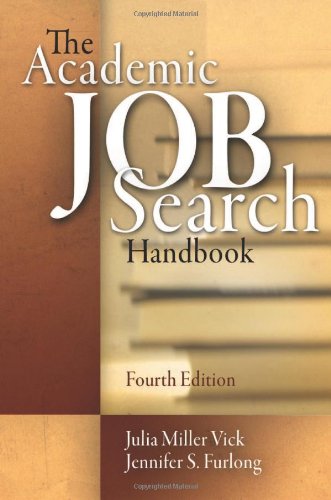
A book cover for The Academic Job Search Handbook, 4th Edition; Julia Miller Vick; Business & Money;